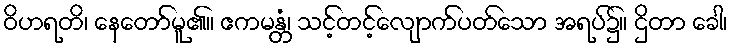
ဝိဟရတိ၊ နေတော်မူ၏။ ဧကမန္တံ၊ သင့်တင့်လျောက်ပတ်သော အရပ်၌။ ဌိတာ ခေါ၊